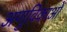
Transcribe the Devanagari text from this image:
अणुविकाओं